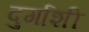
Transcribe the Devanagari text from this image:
दुर्गाशी